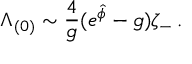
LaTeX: { \Lambda _ { ( 0 ) } \sim { \frac { 4 } { g } } ( e ^ { \hat { \phi } } - g ) \zeta _ { - } \, . }